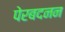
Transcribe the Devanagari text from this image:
पेरबदनन